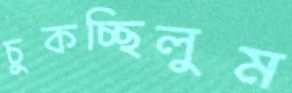
চুকচ্ছিলুম